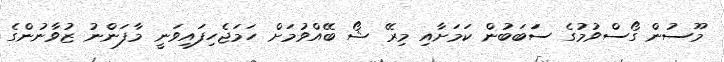
މޫސުން ގޯސްވުމުގެ ސަަބަބުން ކަމަށާއި މިރޭ ޝޯ ބޭއްވުމަށް ހަމަޖެހިފައިވަނީ މާފަންނު ޒުވާނުންގެ